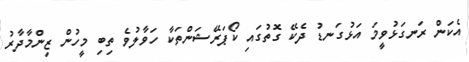
އެކަން ރަނގަޅުވީމަ އަޅުގަނޑު ދެކޭ ގޮތުގައި ކޯޕަރޭޝަންތަކާ ހަވާލުވެ ތިބި މީހުން ޒިންމާދާރު